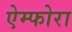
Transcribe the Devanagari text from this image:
ऐम्फोरा